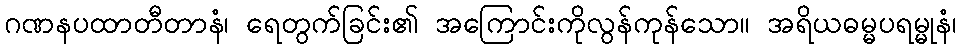
ဂဏနပထာတီတာနံ၊ ရေတွက်ခြင်း၏ အကြောင်းကိုလွန်ကုန်သော။ အရိယဓမ္မပရမ္မုနံ၊